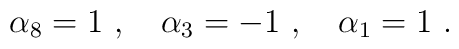
\alpha_8 = 1 \ , \ \ \ \alpha_3 = -1 \ , \ \ \ \alpha_1 = 1 \ .